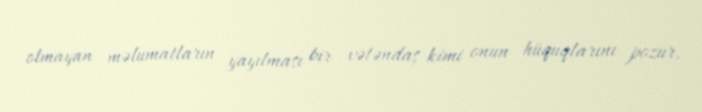
olmayan məlumatların yayılması bir vətəndaş kimi onun hüquqlarını pozur,